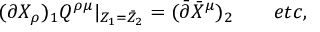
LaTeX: ( \partial X _ { \rho } ) _ { 1 } Q ^ { \rho \mu } | _ { Z _ { 1 } = \bar { Z } _ { 2 } } = ( \bar { \partial } \bar { X } ^ { \mu } ) _ { 2 } \qquad e t c ,